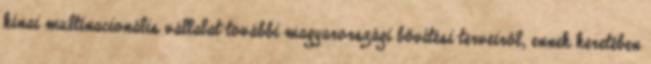
kínai multinacionális vállalat további magyarországi bővítési terveiről, ennek keretében